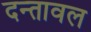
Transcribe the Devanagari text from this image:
दन्तावल